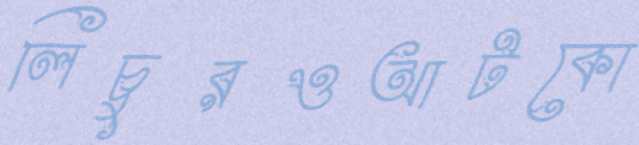
লিচুরওআটকো